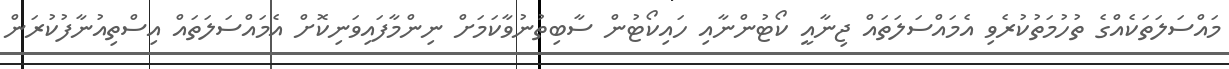
މައްސަލަތަކެއްގެ ތުހުމަތުކުރެވި އެމައްސަލަތައް ޖިނާއީ ކޯޓުންނާއި ހައިކޯޓުން ސާބިތުނުވާކަމަށް ނިންމާފައިވަނިކޮށް އެމައްސަލަތައް އިސްތިއުނާފުކުރަން